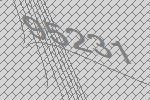
95231